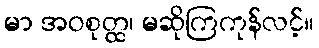
မာ အဝစုတ္ထ၊ မဆိုကြကုန်လင့်။